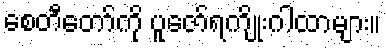
စေတီတော်ကို ပူဇော်ရကျိုးဂါထာများ။